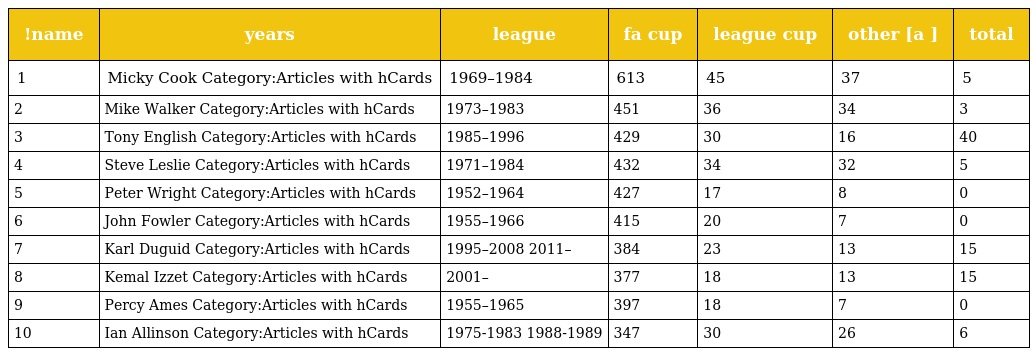
| !name | years | league | fa cup | league cup | other [a ] | total |
 | --- | --- | --- | --- | --- | --- | --- |
 | 1 | Micky Cook Category:Articles with hCards | 1969–1984 | 613 | 45 | 37 | 5 |
 | 2 | Mike Walker Category:Articles with hCards | 1973–1983 | 451 | 36 | 34 | 3 |
 | 3 | Tony English Category:Articles with hCards | 1985–1996 | 429 | 30 | 16 | 40 |
 | 4 | Steve Leslie Category:Articles with hCards | 1971–1984 | 432 | 34 | 32 | 5 |
 | 5 | Peter Wright Category:Articles with hCards | 1952–1964 | 427 | 17 | 8 | 0 |
 | 6 | John Fowler Category:Articles with hCards | 1955–1966 | 415 | 20 | 7 | 0 |
 | 7 | Karl Duguid Category:Articles with hCards | 1995–2008 2011– | 384 | 23 | 13 | 15 |
 | 8 | Kemal Izzet Category:Articles with hCards | 2001– | 377 | 18 | 13 | 15 |
 | 9 | Percy Ames Category:Articles with hCards | 1955–1965 | 397 | 18 | 7 | 0 |
 | 10 | Ian Allinson Category:Articles with hCards | 1975-1983 1988-1989 | 347 | 30 | 26 | 6 |